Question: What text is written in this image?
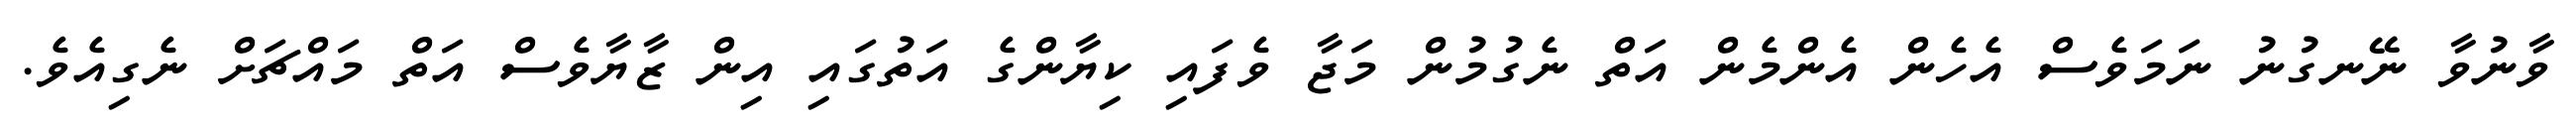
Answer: ވާނުވާ ނޭނގުނު ނަމަވެސް އެހެން އެންމެން އަތް ނެގުމުން މަޖާ ވެފައި ކިޔާންގެ އަތުގައި އިން ޒާޔާވެސް އަތް މައްޗަށް ނެގިއެވެ.